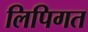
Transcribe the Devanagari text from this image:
लिपिगत